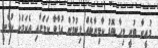
މުއީނާ ބުނީ މިހާ ބޮޑު ކާމިޔާބެއް ލިބުމުން އުފާވާ ކަމަށާއި އެކަމަކު ކުޅެނީ